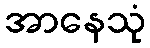
အာနေသုံ